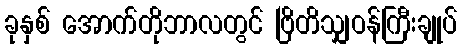
ခုနှစ် အောက်တိုဘာလတွင် ဗြိတိသျှဝန်ကြီးချုပ်